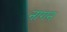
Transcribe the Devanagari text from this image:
नागन